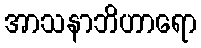
အာသနာဘိဟာရော